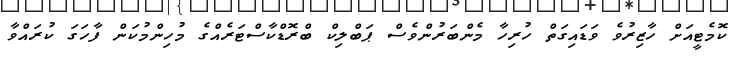
ކޮމެޓީއަށް ހާޒިރުވެ ވަޑައިގަތް ހުރިހާ މެންބަރުންވެސް ޕަބްލިކް ބްރޮޑްކާސްޓަރެއްގެ މުހިންމުކަން ފާހަގަ ކުރައްވާ